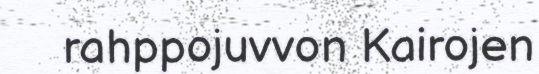
rahppojuvvon Kairojen